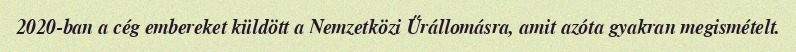
2020-ban a cég embereket küldött a Nemzetközi Űrállomásra, amit azóta gyakran megismételt.